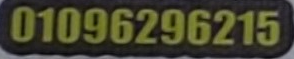
01069296215